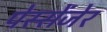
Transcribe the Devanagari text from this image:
पेस्सेंजेर